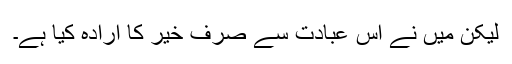
لیکن میں نے اس عبادت سے صرف خیر کا ارادہ کیا ہے۔